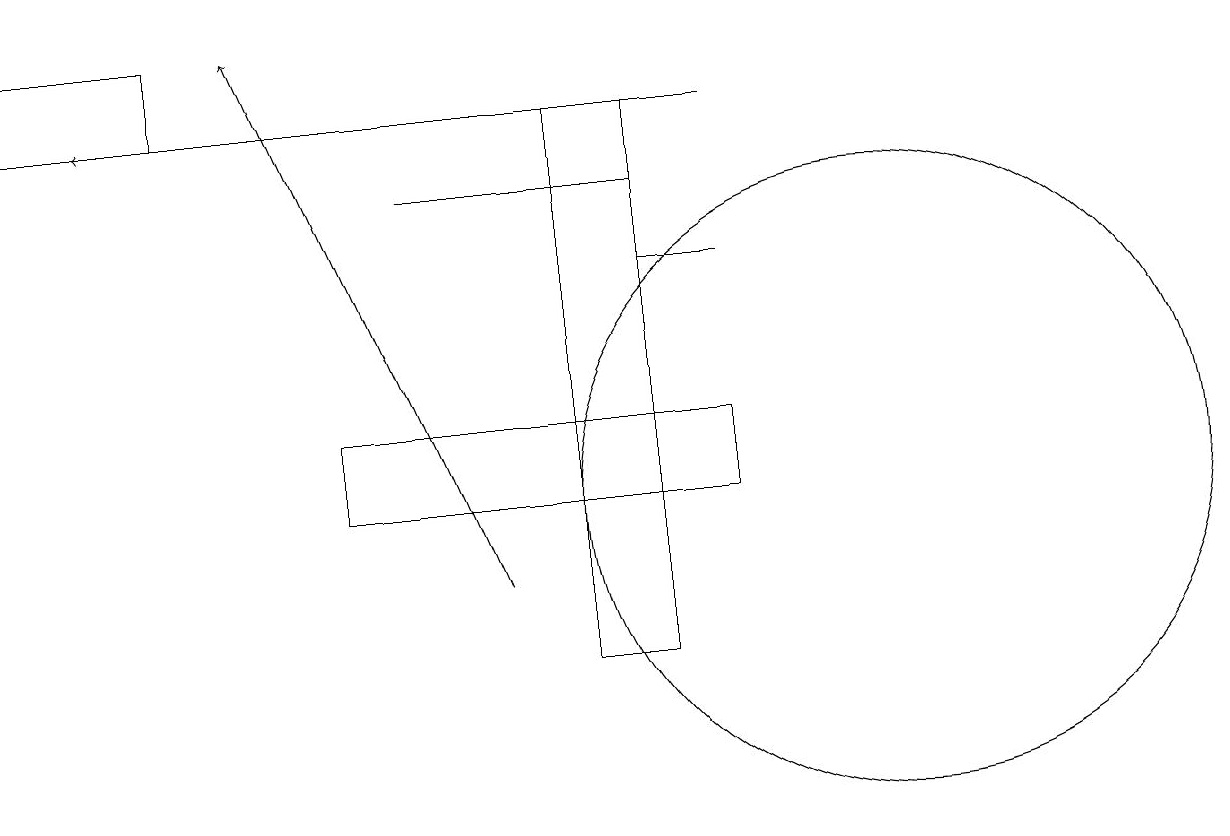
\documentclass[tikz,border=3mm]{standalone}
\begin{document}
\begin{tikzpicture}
\draw (0,17) rectangle (2,18);
\draw (9,15) rectangle (8,15);
\draw (4,12) rectangle (9,13);
\draw (11,12) circle (4);
\draw[->] (6,11) -- (3,18);
\draw (7,17) rectangle (8,10);
\draw (8,16) rectangle (5,16);
\draw[->] (9,17) -- (1,17);
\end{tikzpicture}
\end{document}